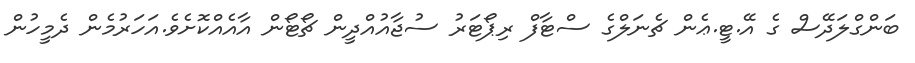
ބަންގްލަދޭސް ގެ އޭ.ޓީ.ޢެން ޗެނަލްގެ ސްޓާފް ރިޕޯޓަރު ސުޖާއުއްދީން ޗޯޓޯން އާއެއްކޮށެވެ.އަހަރުމެން ދެމީހުން